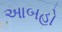
આબહો